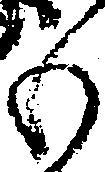
も